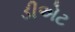
ડીએટ